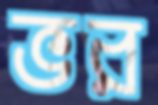
ভর